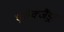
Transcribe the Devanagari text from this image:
एलेक्जैंड्रा